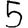
Digit: 5